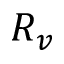
R _ { v }